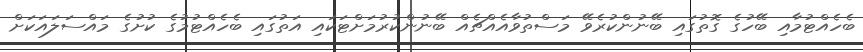
ބެހެއްޓުމާއި ބޭހުގެ ގޮތުގައި ބޭނުންކުރެވޭ މަސްތުވާއެއްޗެއް ބޭނުންކުރުމަށްޓަކައި އަތުގައި ބެހެއްޓުމުގެ ކުށުގެ މައްސަލައަކަށް